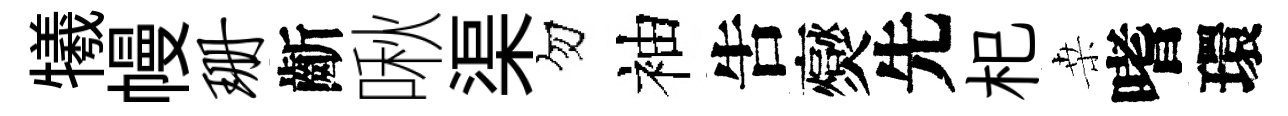
犧幔珊齗啾渠勿袖吿爕先𣏌桒嗜環